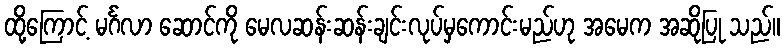
ထို့ကြောင့် မင်္ဂလာ ဆောင်ကို မေလဆန်းဆန်းချင်းလုပ်မှကောင်းမည်ဟု အမေက အဆိုပြု သည်။